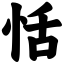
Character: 恬